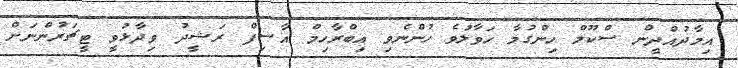
އިމާދުއްދީން ސްކޫލް ހިންގުމާ ހަވާލުވެ ހުންނެވި އިބްރާހިމް އާސިފް ރަޝީދު ވިދާޅުވީ ޓީޗަރުންނަށް